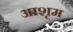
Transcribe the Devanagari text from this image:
आशृम